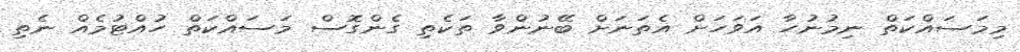
މިމަސައްކަތް ނިމުނުހާ އަވަހަށް އެތަނަށް ބޭނުންވާ ތަކެތި ގެންގޮސް މަސައްކަތް ހުއްޓުމެއް ނެތި